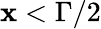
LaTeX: \mathbf{x}<\Gamma/2